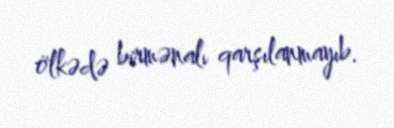
ölkədə birmənalı qarşılanmayıb.